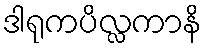
ဒါရုကပိလ္လကာနိ